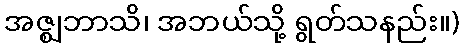
အဇ္ဈဘာသိ၊ အဘယ်သို့ ရွတ်သနည်း။)